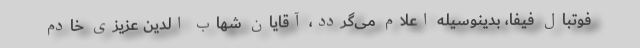
فوتبال فیفا، بدینوسیله اعلام می‌گردد، آقایان شهاب الدین عزیزی خادم